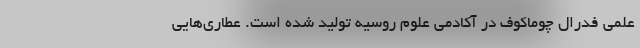
علمی فدرال چوماکوف در آکادمی علوم روسیه تولید شده است. عطاری‌هایی